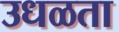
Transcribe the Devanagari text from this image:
उधळता